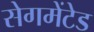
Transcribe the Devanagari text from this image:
सेगमेंटेड